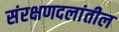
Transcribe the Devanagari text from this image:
संरक्षणदलांतील